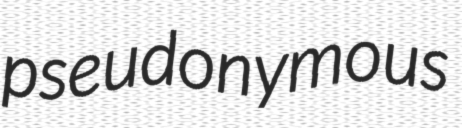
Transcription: pseudonymous